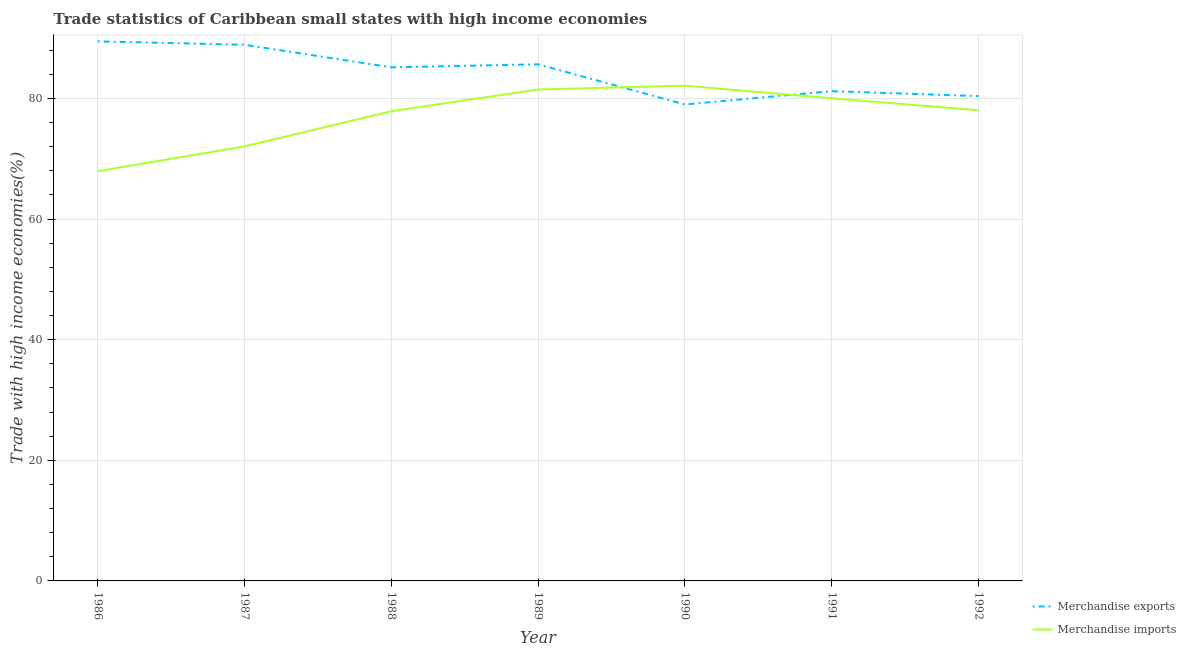
| Year | Merchandise exports | Merchandise imports |
 | --- | --- | --- |
 | 1986 | 89.5 | 68 |
 | 1987 | 88.9 | 72.1 |
 | 1988 | 85.2 | 77.9 |
 | 1989 | 85.7 | 81.5 |
 | 1990 | 79 | 82.1 |
 | 1991 | 81.2 | 80 |
 | 1992 | 80.4 | 78.1 |